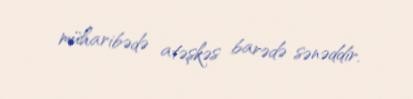
müharibədə atəşkəs barədə sənəddir.